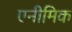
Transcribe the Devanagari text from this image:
एनीमिक